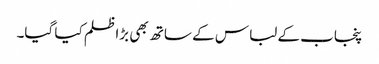
پنجاب کے لباس کے ساتھ بھی بڑا ظلم کیا گیا۔